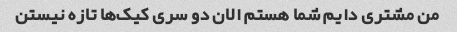
من مشتری دایم شما هستم الان دو سری کیک‌ها تازه نیستن